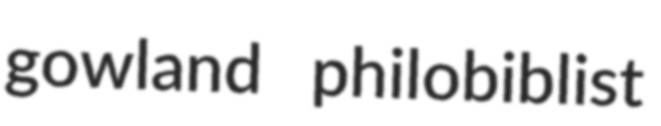
gowland philobiblist